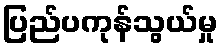
ပြည်ပကုန်သွယ်မှု